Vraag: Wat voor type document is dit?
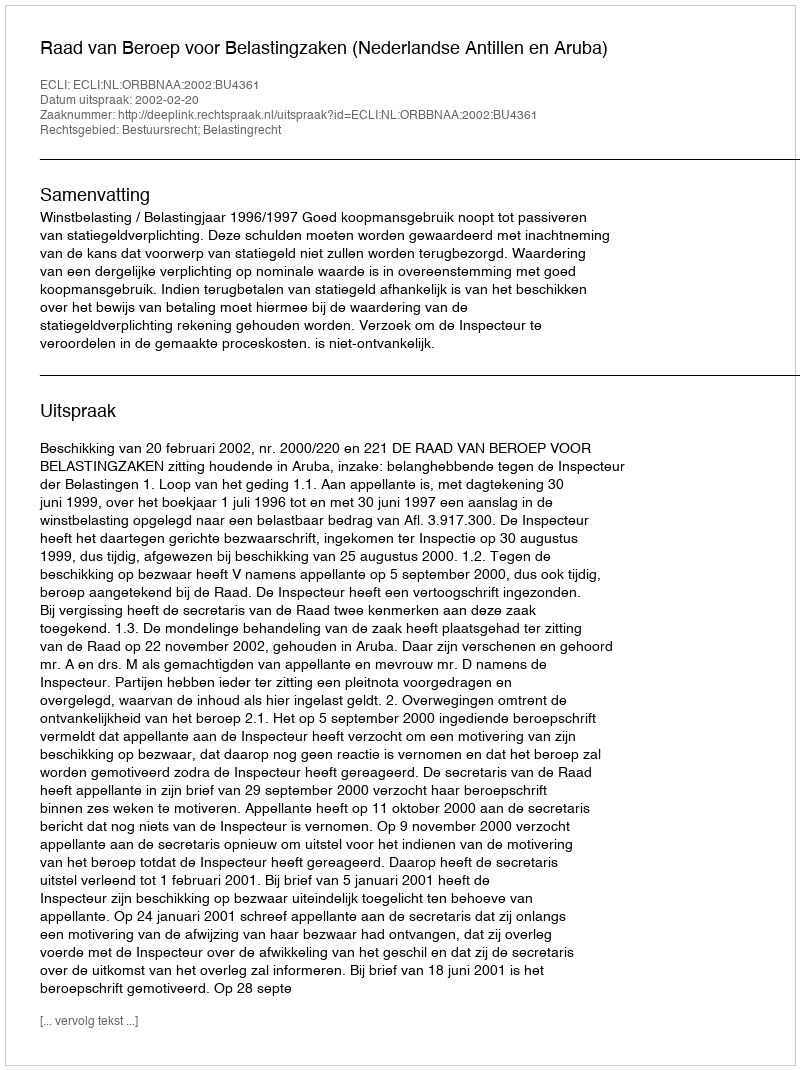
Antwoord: Uitspraak